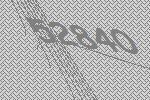
52840